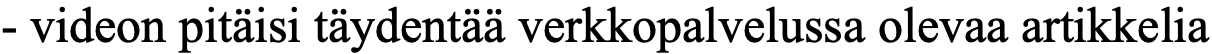
- videon pitäisi täydentää verkkopalvelussa olevaa artikkelia